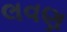
લવણ